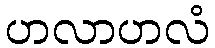
ဟလာဟလံ